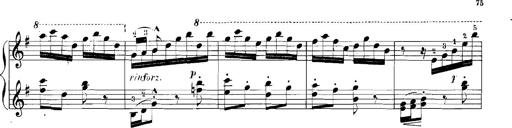
Title: Rhapsodies hongroises
Composer: Franz Liszt